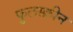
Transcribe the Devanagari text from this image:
फुलस्क्रीन